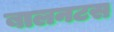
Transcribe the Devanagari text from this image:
बालनटस